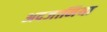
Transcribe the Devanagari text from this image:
अदजानिया